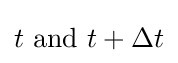
t{\text{ and }}t+\Delta t